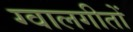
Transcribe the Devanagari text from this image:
ग्वालगीतों